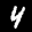
Label: 4